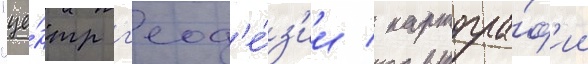
"це́нтр г'еод'е́з'ии / картогра́ф'ии